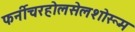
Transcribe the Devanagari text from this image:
फर्नीचरहोलसेलशोरूम